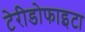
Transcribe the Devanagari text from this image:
टेरीडोफाइटा